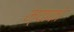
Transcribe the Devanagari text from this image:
म्याको